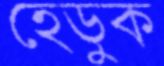
হেডুক